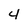
Character: 4